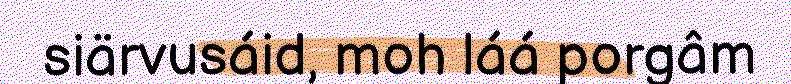
siärvusáid, moh láá porgâm